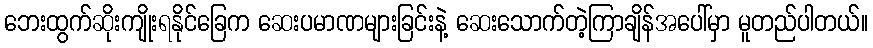
ဘေးထွက်ဆိုးကျိုးရနိုင်ခြေက ဆေးပမာဏများခြင်းနဲ့ ဆေးသောက်တဲ့ကြာချိန်အပေါ်မှာ မူတည်ပါတယ်။